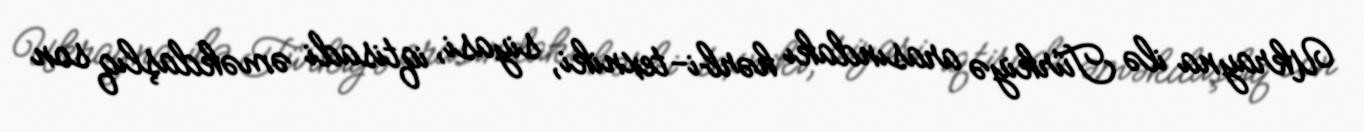
Ukrayna ilə Türkiyə arasındakı hərbi-texniki, siyasi, iqtisadi əməkdaşlıq son